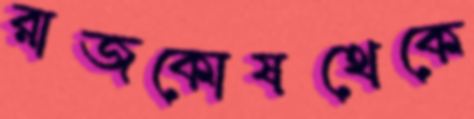
রাজকোষথেকে